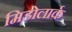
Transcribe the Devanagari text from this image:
मिडोलार्क